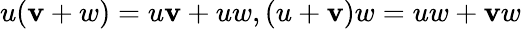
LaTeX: u(\mathbf{v}+w)=u\mathbf{v}+uw,(u+\mathbf{v})w=uw+\mathbf{v}w